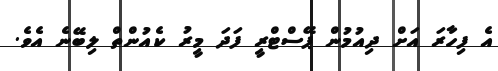
އެ ފިހާރަ އަށް ދިއުމުން ޕޭސްޓްރީ ފަދަ މީރު ކެއުންތް ލިބޭނެ އެވެ.